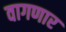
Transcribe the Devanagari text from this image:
वागणार